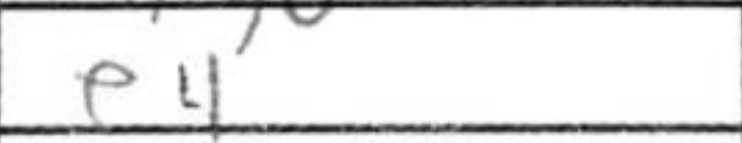
Transcription: e4